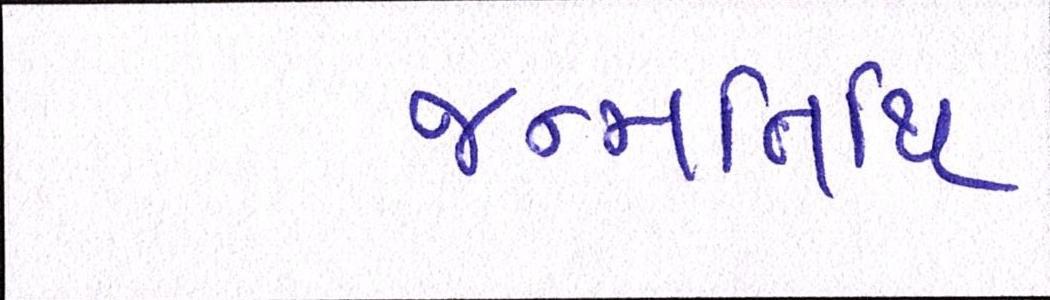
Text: જન્મતિથિ